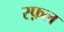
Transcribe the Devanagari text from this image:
स्फ़ल